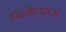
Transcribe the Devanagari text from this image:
जिनोटाइप्स